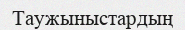
Таужыныстардың